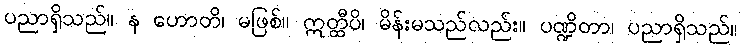
ပညာရှိသည်။ န ဟောတိ၊ မဖြစ်။ ဣတ္ထီပိ၊ မိန်းမသည်လည်း။ ပဏ္ဍိတာ၊ ပညာရှိသည်။